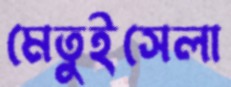
মেতুইসেলা